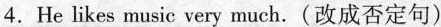
4.He likes music very much.(改成否定句)